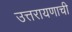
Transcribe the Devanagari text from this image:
उत्तरायणाची